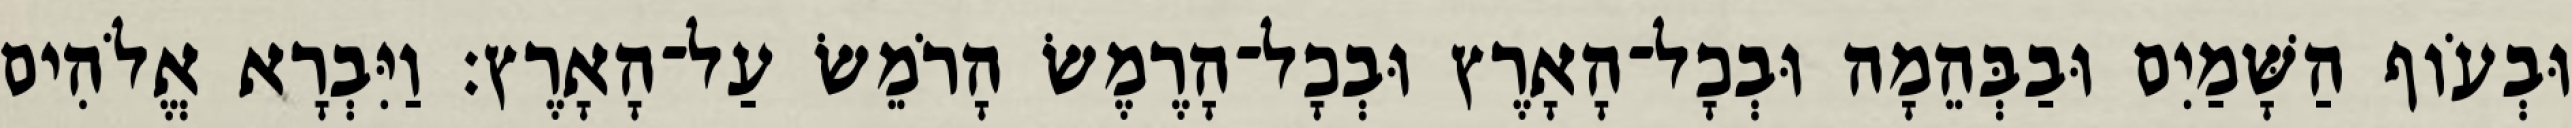
וּבְעֹוף הַשָּׁמַיִם וּבַבְּהֵמָה וּבְכָל־הָאָרֶץ וּבְכָל־הָרֶמֶשׂ הָרֹמֵשׂ עַל־הָאָרֶץ׃ וַיִּבְרָא אֱלֹהִים